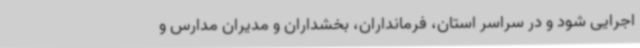
اجرایی شود و در سراسر استان، فرمانداران، بخشداران و مدیران مدارس و